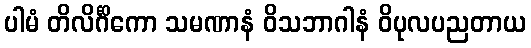
ပါမံ တိလိင်္ဂိကော သမဏာနံ ဝိသဘာဂါနံ ဝိပုလပညတာယ